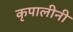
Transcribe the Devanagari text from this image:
कृपालीनी